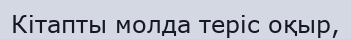
Кітапты молда теріс оқыр,